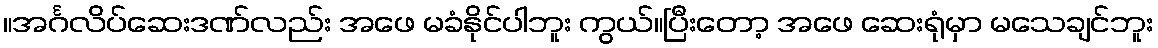
။အင်္ဂလိပ်ဆေးဒဏ်လည်း အဖေ မခံနိုင်ပါဘူး ကွယ်။ပြီးတော့ အဖေ ဆေးရုံမှာ မသေချင်ဘူး